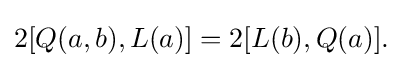
\displaystyle {2[Q(a,b),L(a)]=2[L(b),Q(a)].}